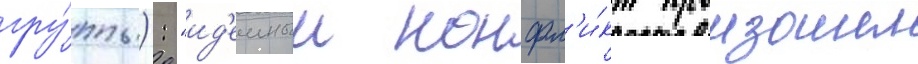
гру́ппы): "ид'еиныи конфл'и́кт произошел